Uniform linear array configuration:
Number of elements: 32
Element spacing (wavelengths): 0.5
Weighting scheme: hann
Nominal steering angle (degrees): -60
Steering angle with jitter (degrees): -59.237
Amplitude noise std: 0.05
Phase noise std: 0.05

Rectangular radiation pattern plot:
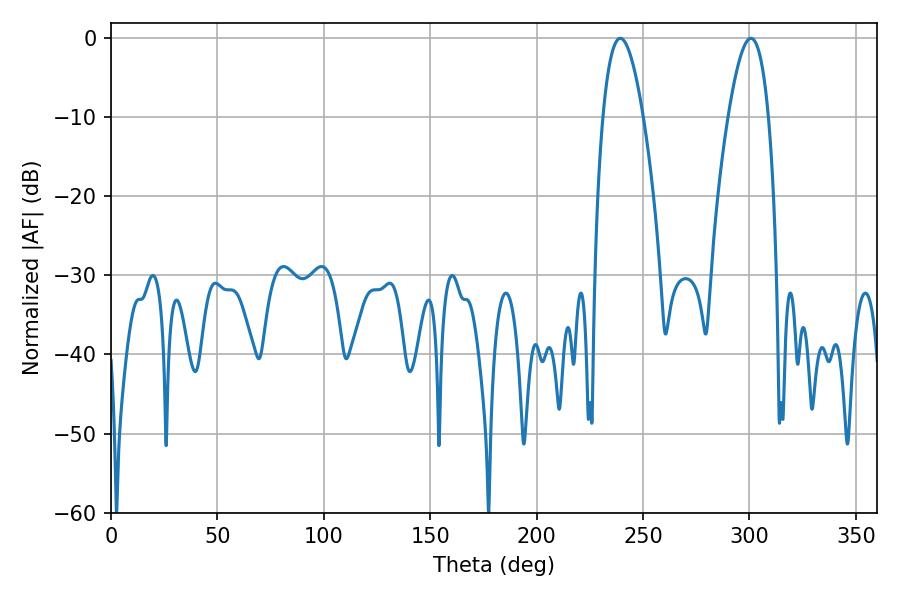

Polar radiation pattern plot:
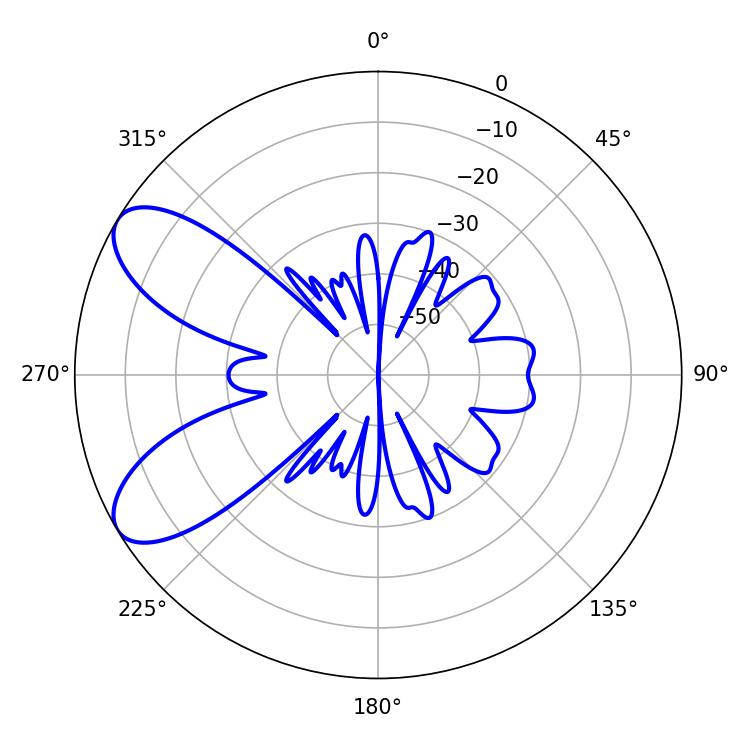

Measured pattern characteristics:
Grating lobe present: FALSE
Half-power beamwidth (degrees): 10.44
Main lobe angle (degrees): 239.22